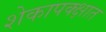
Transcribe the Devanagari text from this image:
शेकापक्क्षात